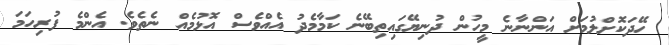
ހޭދަކޮށްލުމަށް އަންނާނެ މީހުން ދުނިޔޭގައިތިބޭނެ ކަމާމެދު އެއްވެސް އޮޅުމެއް ނެތެވެ. އެންމެ ފުރިހަމަ